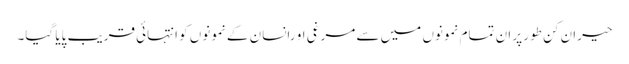
حیران کن طور پر ان تمام نمونوں میں سے مرغی او رانسان کے نمونوں کو انتہائی قریب پایا گیا۔